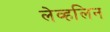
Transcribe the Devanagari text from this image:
लेव्हलिन